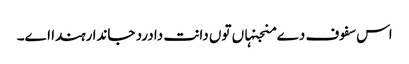
اس سفوف دے منجنہاں تو‏ں دانت دا درد جاندا رہندا ا‏‏ے۔